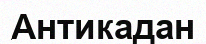
Антикадан